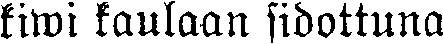
kiwi kaulaan sidottuna